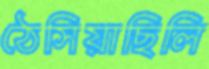
ঠেসিয়াছিলি